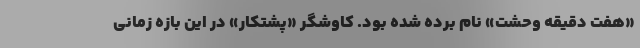
«هفت دقیقه وحشت» نام برده شده بود. کاوشگر «پشتکار» در این بازه زمانی